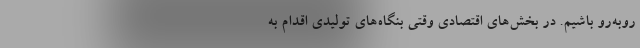
روبه‌رو باشیم. در بخش‌های اقتصادی وقتی بنگاه‌های تولیدی اقدام به